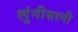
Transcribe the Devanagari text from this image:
लुंगीसानी